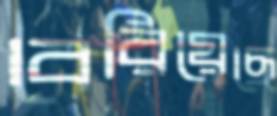
বেরিয়েছে